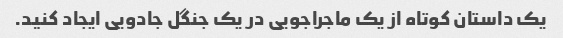
یک داستان کوتاه از یک ماجراجویی در یک جنگل جادویی ایجاد کنید.